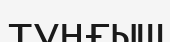
туңғыш